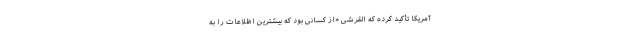
آمریکا تأکید کرده که القرشی «از کسانی بود که بیشترین اظلاعات را به